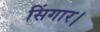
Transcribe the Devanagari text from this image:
सिंगार।